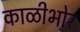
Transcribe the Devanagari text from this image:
काळीभोर